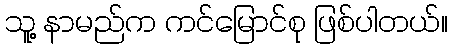
သူ့ နာမည်က ကင်မြောင်စု ဖြစ်ပါတယ်။